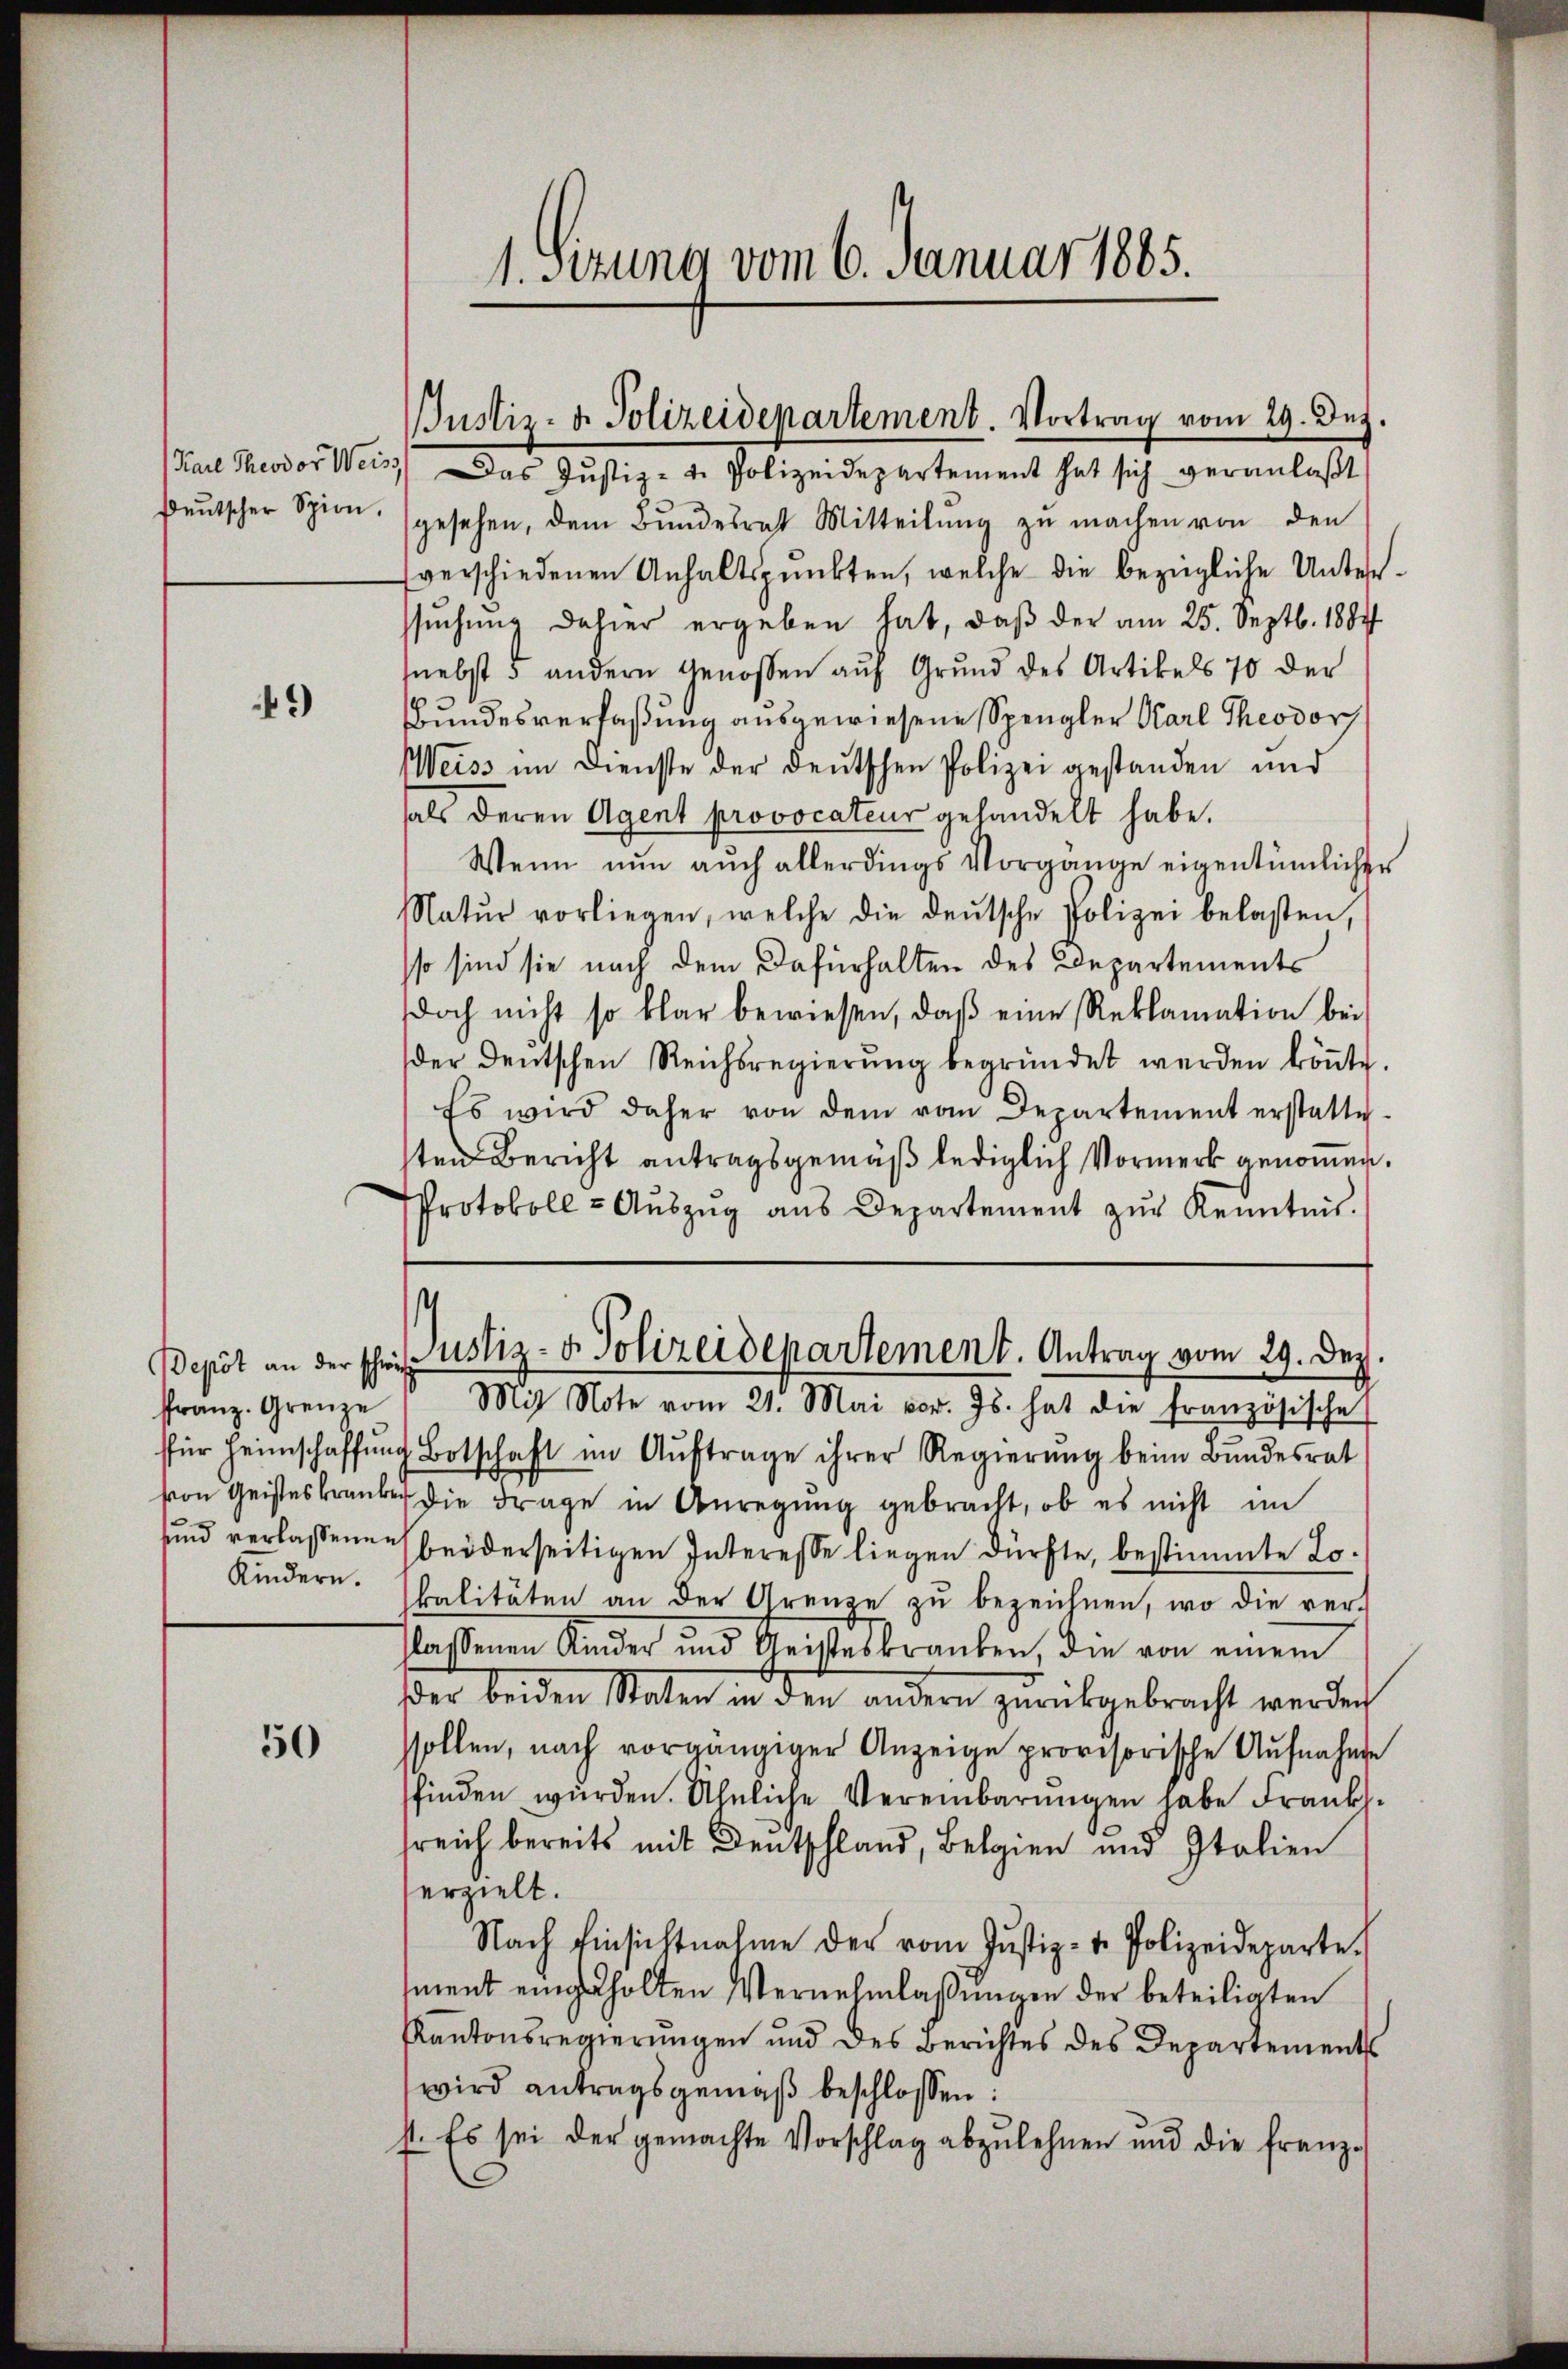
9)

ffranz. Grenze
Kindern.

50

1. Sitzung vom 6. Januar 1885.

deŭtscher Spion. (gesehen, dem Bŭndesrat Mitteilŭng zŭ machen von den
verschiedenen Anhaltspunkten, welche die bezügliche Unterssuchung dahier ergeben hat, daß der am 25. Septb. 1884
(nebst 5 andern Genossen auf Grund des Artikels 70 der
Bundesverfaßung ausgewiesene Spengler Karl Theodor
Weiss im Dienste der deŭtschen Polizei gestanden und
als deren Agent provocateur gehandelt habe.
Wenn nun auch allerdings Vorgänge eigentümlicher
Natŭr vorliegen, welche die deutsche Polizei belasten,
sso sind sie nach dem Dafürhalten des Departements
doch nicht so klar bewiesen, daβ eine Reklamation bei
der deutschen Reichsregierŭng begründet werden köṅte.
Es wird daher von dem vom Departement erstatte.
sten Bericht antragsgemäß lediglich Vormerk genommen.
Protokoll u Aŭszŭg aŭs Departement zŭr Kenntnis.
.
Depot an der schen ustiz- & Polizeidepartement. Antrag vom 29. Dez.
Mit Note vom 21. Mai vor. Js. hat die französische
für Heimschaffŭng Botschaft im Aŭftrage ihrer Regierŭng beim Bŭndesrat
von Geisteskranke die Frage in Anregung gebracht, ob es nicht im
und verlassenen beiderseitigen Interesse liegen dürfte, bestimmte Lokalitäten an der Grenze zŭ bezeichnen, wo die ver-
lassenen Kinder und Geisteskranken, die von einem
er beiden Staten in den andern zurückgebracht werden
sollen, nach vorgängiger Anzeige provisorische Aufnahme
finden würden. Ähnliche Vereinbarŭngen habe Frankh
sreich bereits mit Deutschland, Belgien und Italien
erzielt.
Nach Einsichtnahme der vom Jŭstiz- u. Polizeideparte.
ment eingeholten Vernehmlassungen der beteiligten
Kantonsregierungen und des Berichtes des Departements
wird antragsgemäß beschlossen:
st. Es sei der gemachte Vorschlag abzulehnen und die franz-

Justiz- & Polizeidepartement. Vortrag vom 29. Dez.
Karl Theodor Weis das Justiz- u. Polizeidepartement hat sich veranlaβt